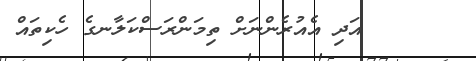
٨١      އަދި އެއުރެންނަށް ތިމަންރަސްކަލާނގެ ހެކިތައް